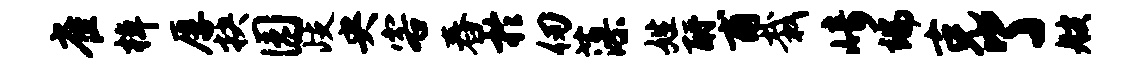
雀棹厚抉园歧央客舂於仞藻姓酹甫栽崎端克了艘